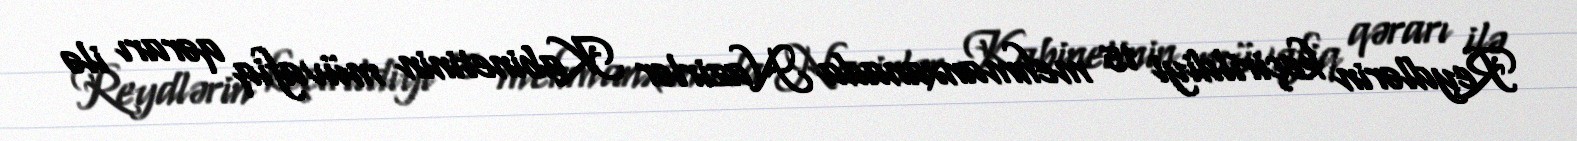
Reydlərin keçirildiyi 15 mehmanxanada Nazirlər Kabinetinin müvafiq qərarı ilə